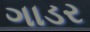
ગાડર